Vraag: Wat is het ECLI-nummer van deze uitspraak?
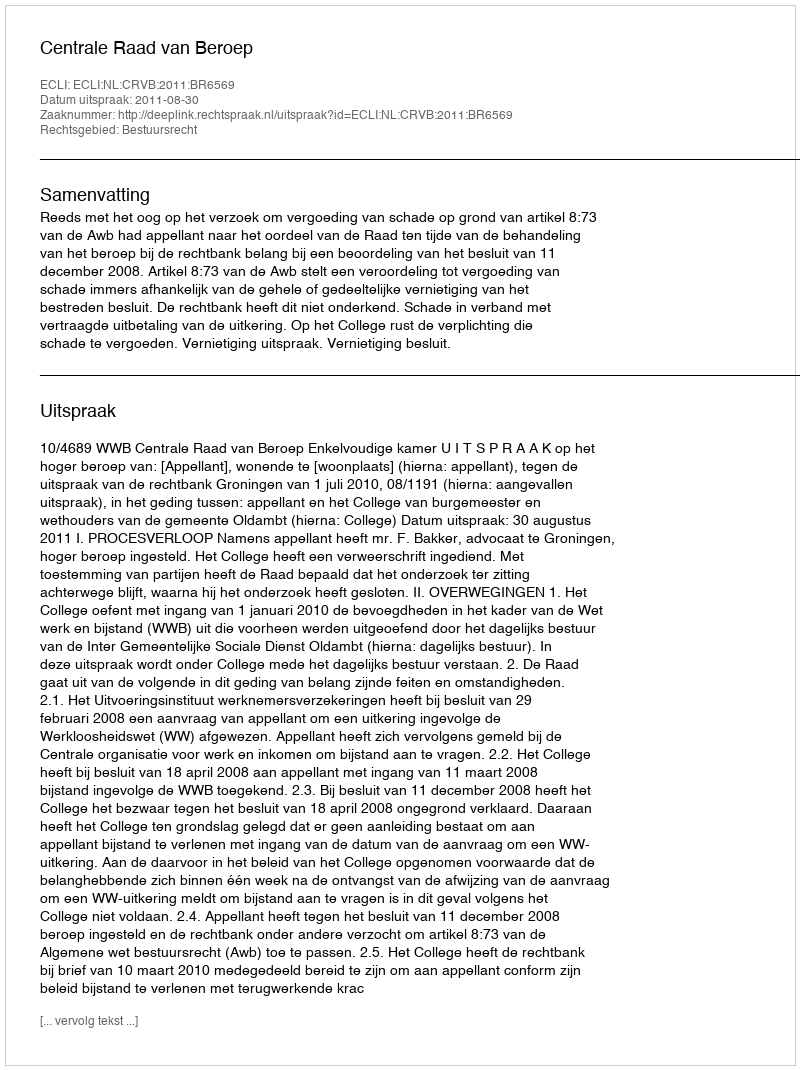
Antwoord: ECLI:NL:CRVB:2011:BR6569